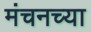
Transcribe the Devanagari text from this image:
मंचनच्या